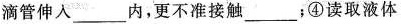
滴管伸入_____内，更不准接触____；④读取液体